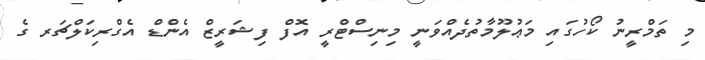
މި ތަމްރީނު ކޯހުގައި މަޢުލޫމާތުދެއްވަނީ މިނިސްޓްރީ އޮފް ފިޝަރީޒް އެންޑް އެގްރިކަލްޗަރ ގެ